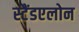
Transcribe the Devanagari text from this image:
स्टैंडएलोन